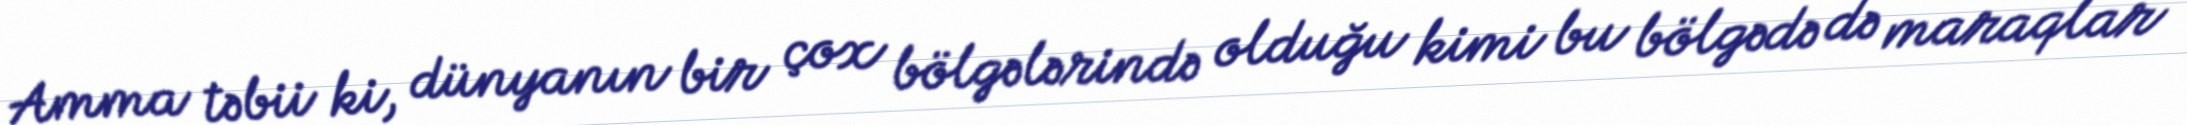
Amma təbii ki, dünyanın bir çox bölgələrində olduğu kimi bu bölgədə də maraqlar